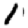
Digit: 1